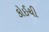
કોઈચી